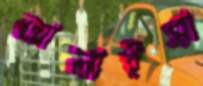
আলাইসা